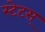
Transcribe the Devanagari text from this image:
स्टेटस्